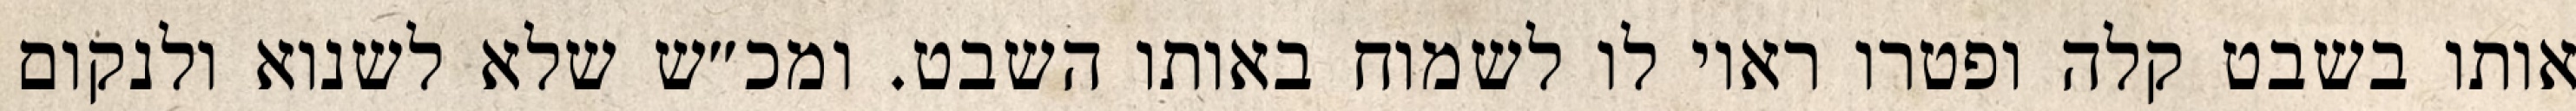
אותו בשבט קלה ופטרו ראוי לו לשמוח באותו השבט. ומכ״ש שלא לשנוא ולנקום